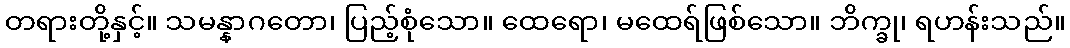
တရားတို့နှင့်။ သမန္နာဂတော၊ ပြည့်စုံသော။ ထေရော၊ မထေရ်ဖြစ်သော။ ဘိက္ခု၊ ရဟန်းသည်။